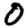
Digit: 0